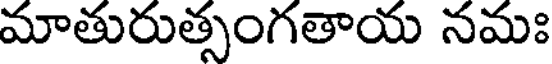
మాతురుత్సంగతాయ నమః